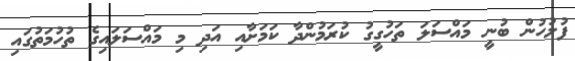
ފުލުހުން ބުނީ މައްސަލަ ތަހުގީގު ކުރަމުންދާ ކަމަށާއި އަދި މި މައްސަލައިގެ ތުހުމަތުގައި